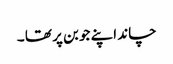
چاند اپنے جوبن پر تھا ۔